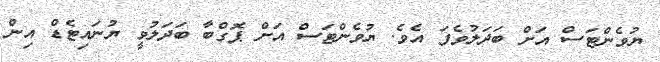
ޔުވެންޓަސް އަށް ބަދަލުވެފަ އެވެ. ޔުވެންޓަސް އަށް ޕޮގްބާ ބަދަލުވީ ޔުނައިޓެޑް އިން